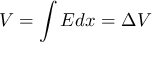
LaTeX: V = \int E d x = \Delta V